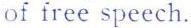
of free speech.